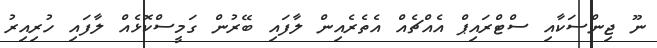
ނޫ ޖިންސަކާއި ސްޓްރައިޕް އެއްޗެއް އެތެރެއިން ލާފައި ބޭރުން ގަމީސްކޮޅެއް ލާފައި ހުރިއިރު